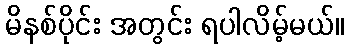
မိနစ်ပိုင်း အတွင်း ရပါလိမ့်မယ်။